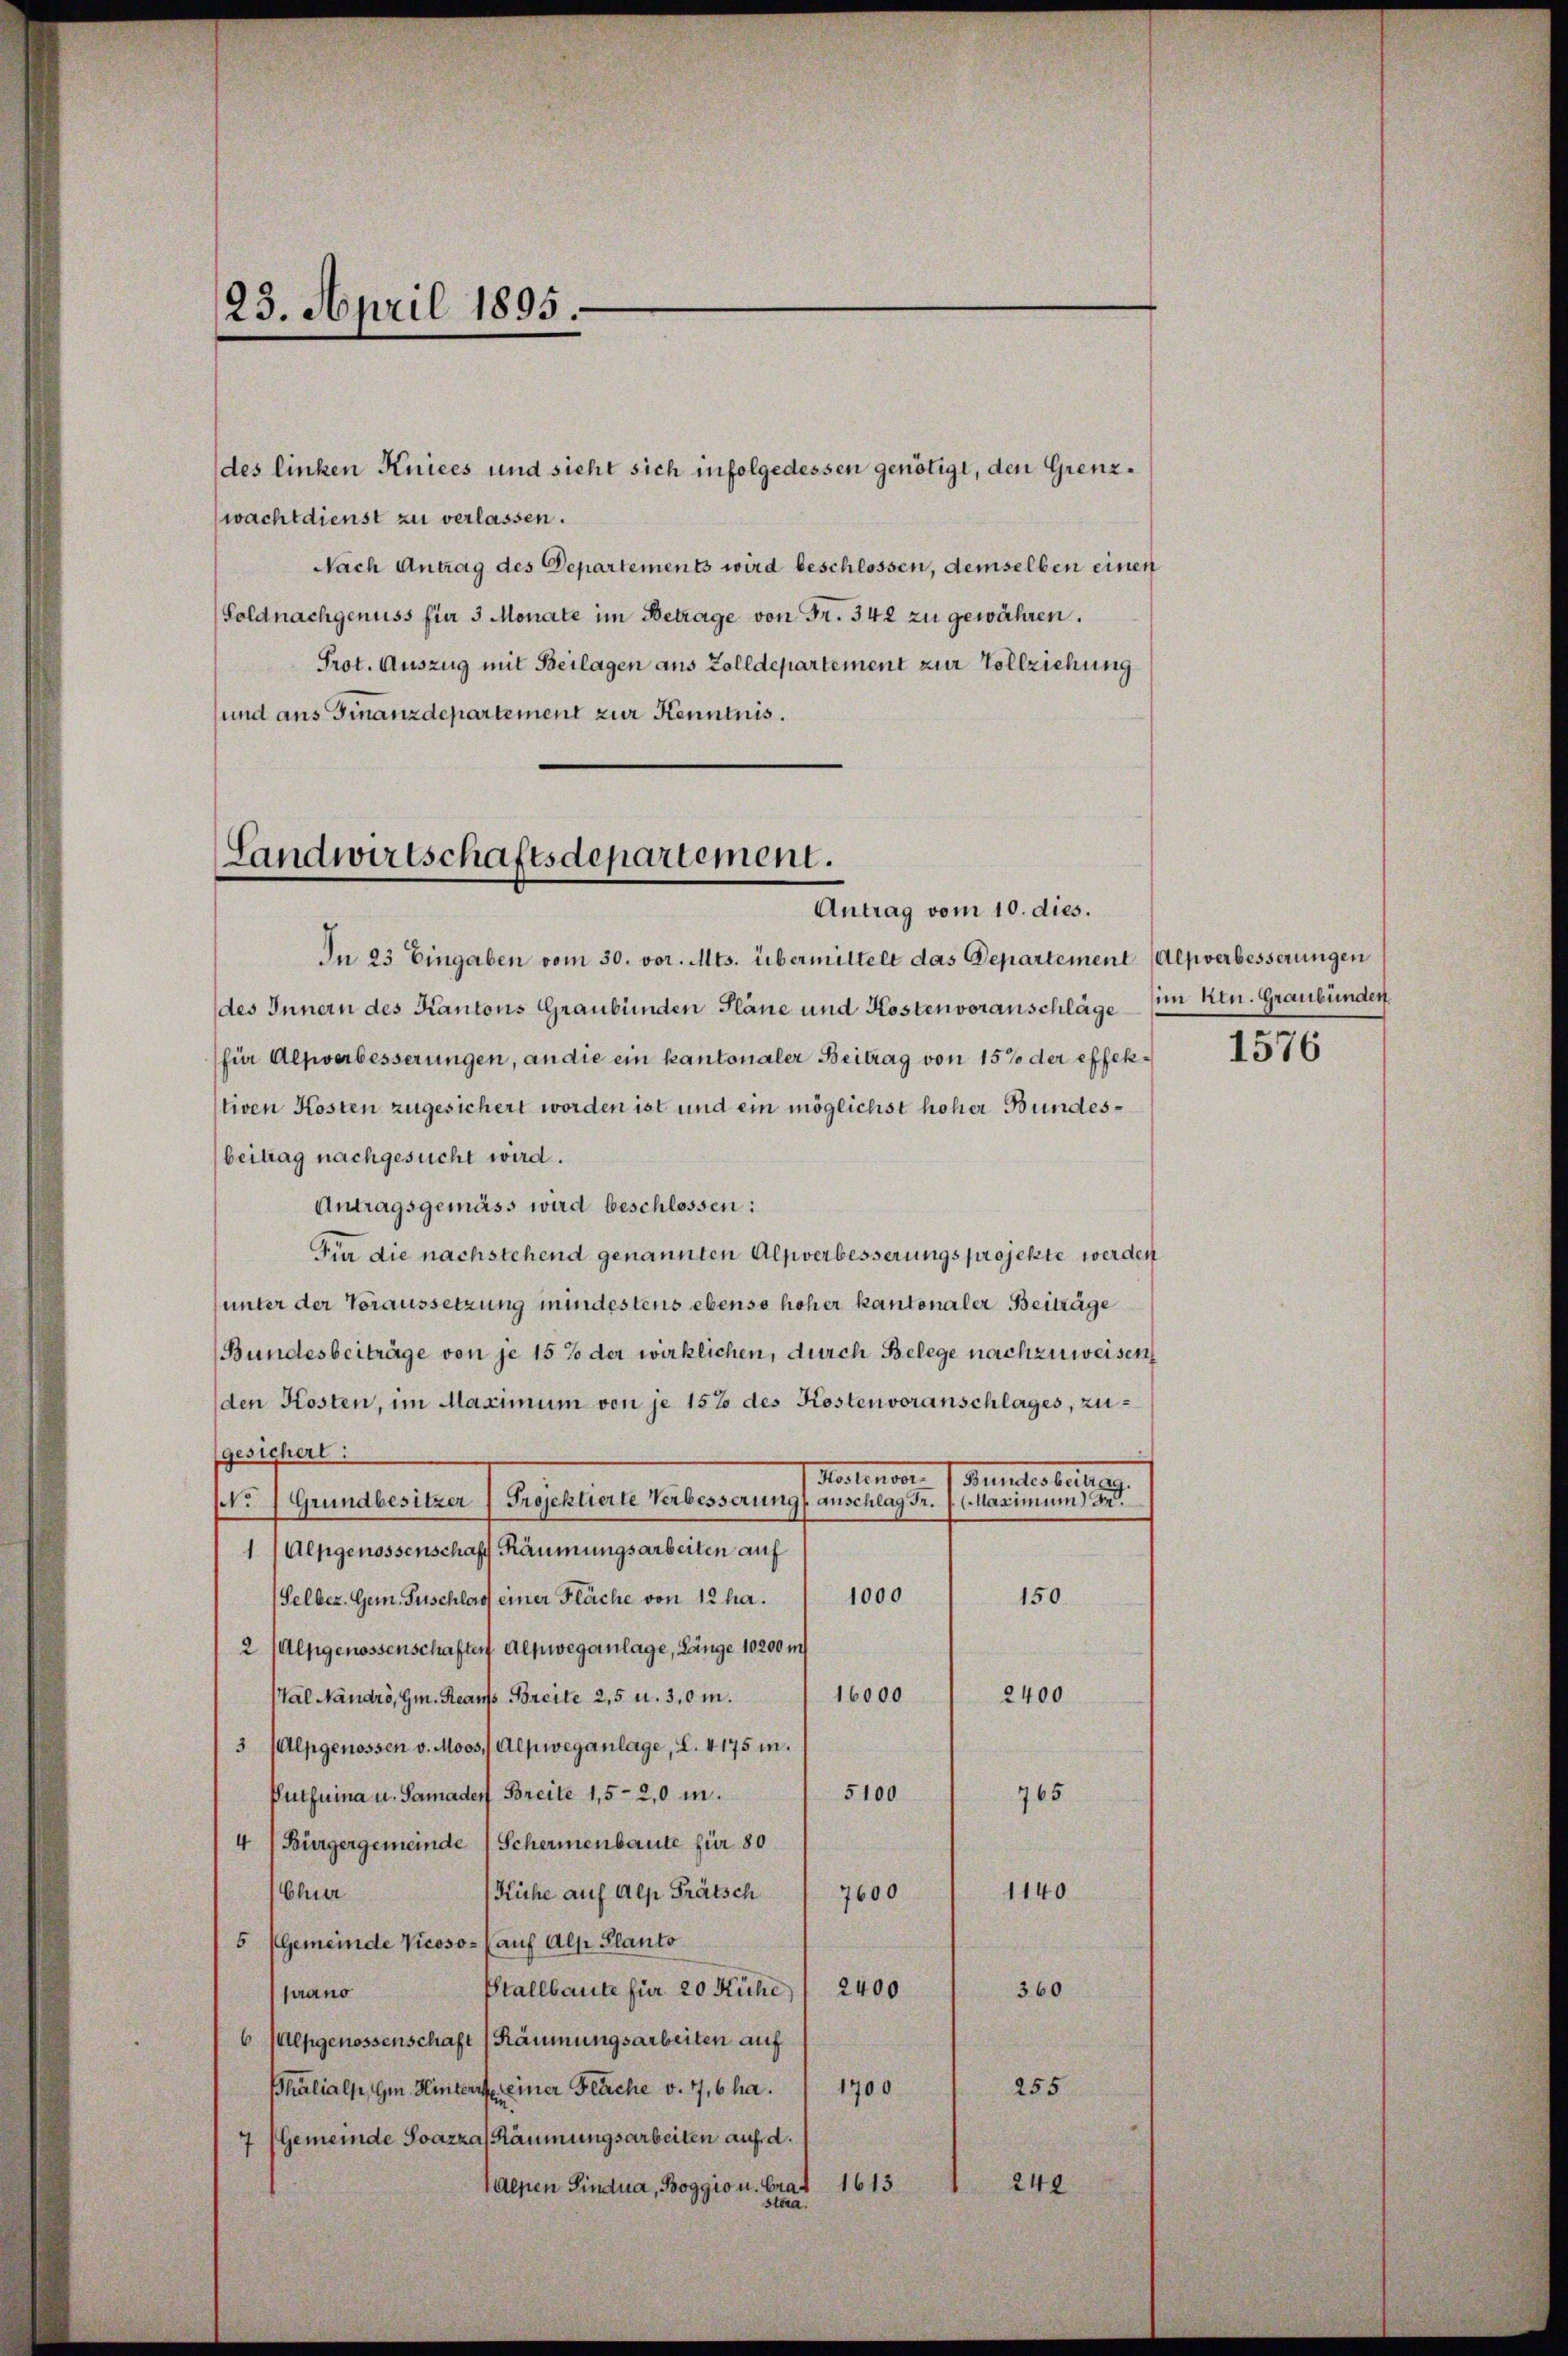
23. April 1895.

des linken Kniees und sieht sich infolgedessen genötigt, den Grenzwachtdienst zu verlassen.
Nach Antrag des Departements wird beschlossen, demselben einen
(Soldnachgenuss für 3 Monate im Betrage von Fr. 342 zu gewähren.
Prot. Auszug mit Beilagen aus Zolldepartement zur Vollziehung
sund aus Finanzdepartement zur Kenntnis.

Landwirtschaftsdepartement.
Antrag vom 10. dies.

In 23 Eingaben vom 30. vor. Mts. übermittelt das Departement (Alpverbesserungen
des Innern des Kantons Graubünden Pläne und Kostenvoranschläge
(für Alpverbesserungen, an die ein kantonaler Beitrag von 15% der effektiven Kosten zugesichert worden ist und ein möglichst hoher Bundesbeitrag nachgesucht wird.
Antragsgemäss wird beschlossen:
Für die nachstehend genannten Alpverbesserungsprojekte werden
unter der Voraussetzung mindestens ebenso hoher kantonaler Beiträge
(Bundesbeiträge von je 15% der wirklichen, durch Belege nachzuweisen
den Kosten, im Maximum von je 15% des Kostenvoranschlages, zugesichert:
Marienor 7 Punctes beitung.
o) Grundbesitzer ) Projektierte Verbesserung anschlag Fr. 1. Maximum de
1 (Alpgenossenschaft Räumungsarbeiten auf
1000
150
(Selbez. Gem. Suschlag einer Fläche von 12 ha.
2 (Alpgenossenschaften Alpweganlage, Länge 10200 in
16000
2400
Val Nandro, Gm. Reaus Breite 25 u. 3,0m.
3 (Alpgenossen v. Moos, Alpweganlage, L. 4175 in.
5100
Putfuina u. Samader Breite 15-20 m.
765
4 (Bürgergemeinde Schermenbaute für 80
Chur
1140
Kühe auf Alp Frätsch
7600
5 (Gemeinde Vicoso- (auf Alp Planto
Stallbaute für 20 Kühe / 2400
360
siano
6 (epgenossenschaft (Räumungsarbeiten auf
255
Phalialp, G. Hinterrte, einer Fläche v. 7,6 ha.
1700
7 (Gemeinde Soazza Räumungsarbeiten auf d.
Alpen findua, Boggio u. Gras 1615
240
stera

im Ren. Graubünden.

1576